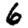
Digit: 6